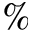
\%